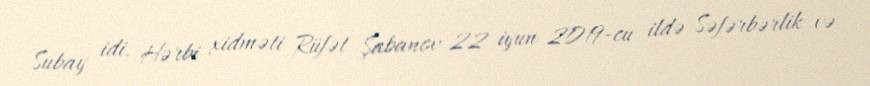
Subay idi. Hərbi xidməti Rüfət Şabanov 22 iyun 2019-cu ildə Səfərbərlik və